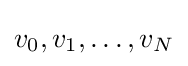
v_{0},v_{1},\dots ,v_{N}